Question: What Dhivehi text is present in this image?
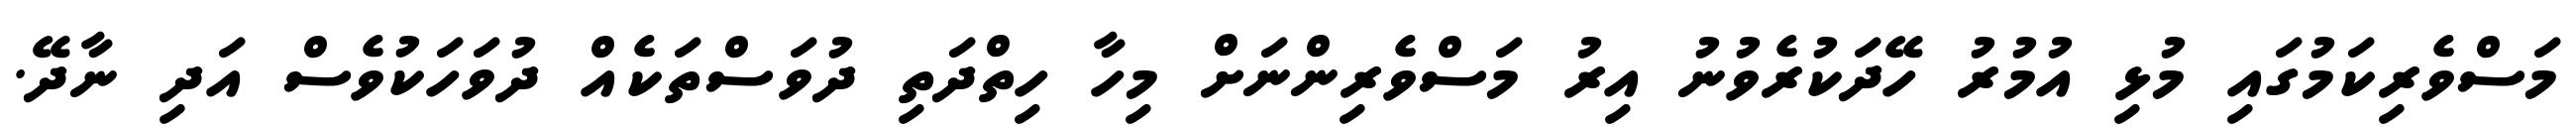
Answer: މަސްވެރިކަމުގައި މުޅި އުމުރު ހޭދަކުރެވުނު އިރު މަސްވެރިންނަށް މިހާ ހިތްދަތި ދުވަސްތަކެއް ދުވަހަކުވެސް އަދި ނާދޭ.